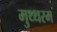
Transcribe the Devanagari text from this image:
मुथ्थरम